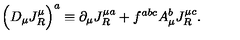
\Big ( D _ { \mu } J _ { R } ^ { \mu } \Big ) ^ { a } \equiv \partial _ { \mu } J _ { R } ^ { \mu a } + f ^ { a b c } A _ { \mu } ^ { b } J _ { R } ^ { \mu c } .